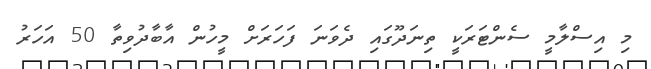
މި އިސްލާމީ ސެންޓަރަކީ ތިނަދޫގައި ދެވަނަ ފަހަރަށް މީހުން އާބާދުވިތާ 50 އަހަރު